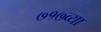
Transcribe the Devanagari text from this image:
७१७व्या